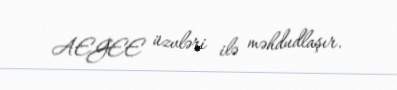
AEGEE üzvləri ilə məhdudlaşır.